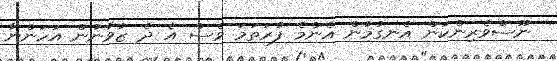
ނޫސްވެރިންކަން އެނގުމުން އެންމެ ފުރަތަމަ ވެސް އެ ދެ ޒުވާނުން އަހަންނާ